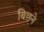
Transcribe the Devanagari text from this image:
बिछने